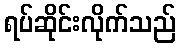
ရပ်ဆိုင်းလိုက်သည်